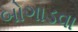
બોગાડવા